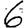
Digit: 6